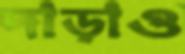
দাড়াও